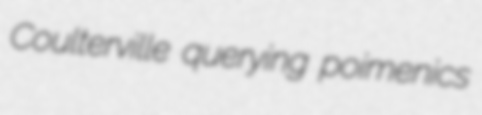
Coulterville querying poimenics